65_HS1-834228961_62-HQ-83894_Section_9
Agency: FBI
Page 270
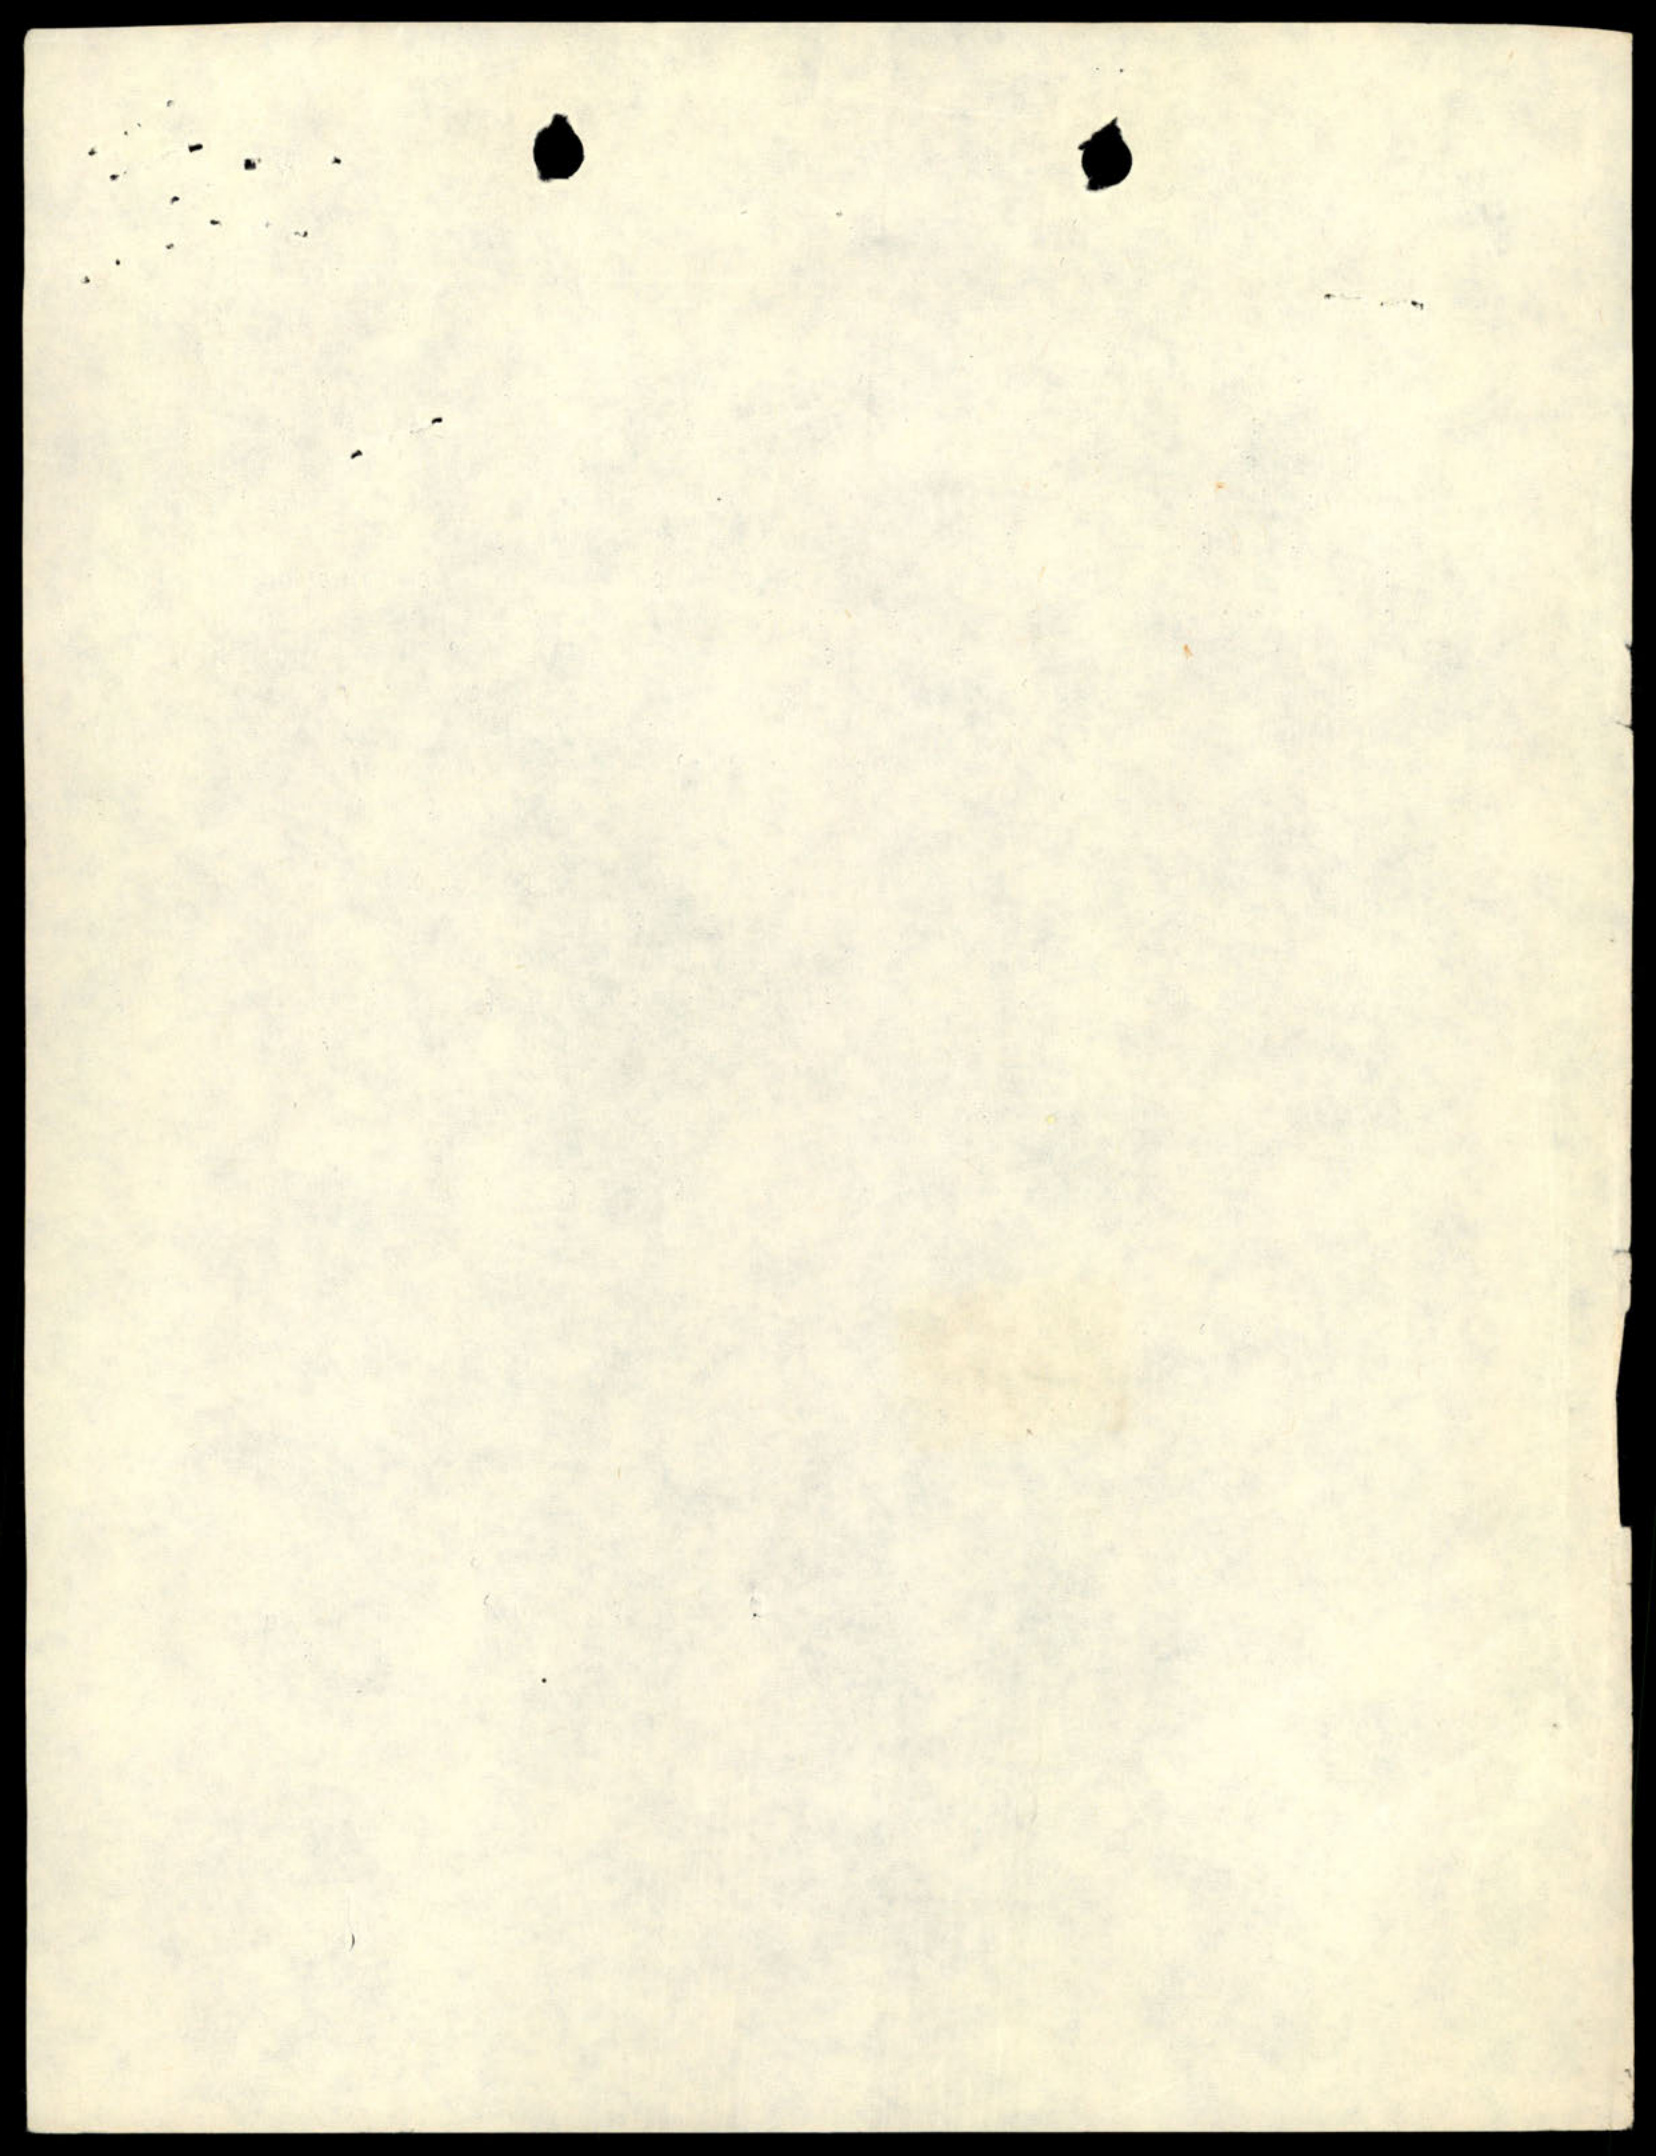